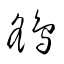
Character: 鷂